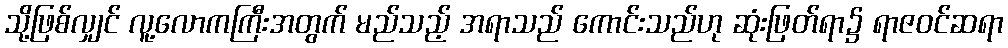
သို့ဖြစ်လျှင် လူ့လောကကြီးအတွက် မည်သည့် အရာသည် ကောင်းသည်ဟု ဆုံးဖြတ်ရာ၌ ရာဇဝင်ဆရာ